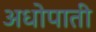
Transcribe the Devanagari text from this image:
अधोपाती